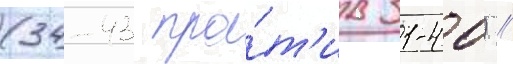
(34-43 про́т'ив 31-40) //